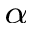
_ { \alpha }